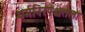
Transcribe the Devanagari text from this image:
धर्मनिरपेक्षतेला